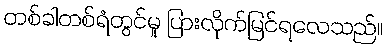
တစ်ခါတစ်ရံတွင်မူ ပြားလိုက်မြင်ရလေသည်။